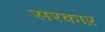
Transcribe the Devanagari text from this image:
सरकाऱ